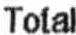
TOTAL